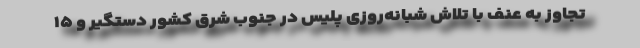
تجاوز به عنف با تلاش شبانه‌روزی پلیس در جنوب شرق کشور دستگیر و ۱۵